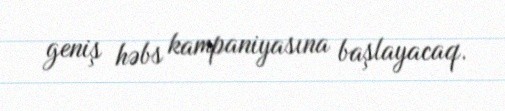
geniş həbs kampaniyasına başlayacaq.